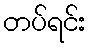
တပ်ရင်း